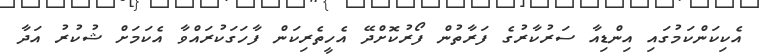
އެކިކަންކަމުގައި އިންޑިއާ ސަރުކާރުގެ ފަރާތުން ފޯރުކޮށްދޭ އެހީތެރިކަން ފާހަގަކުރައްވާ އެކަމަށް ޝުކުރު އަދާ